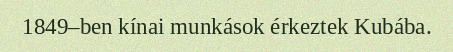
1849–ben kínai munkások érkeztek Kubába.